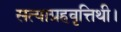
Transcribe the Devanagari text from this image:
सत्याग्रहवृत्तिथी।